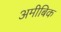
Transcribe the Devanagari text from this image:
अमीबिक